Annual report on the mental hospital in the Central Provinces and Berar (Nagpur) - 1927-1951
Year: 1927
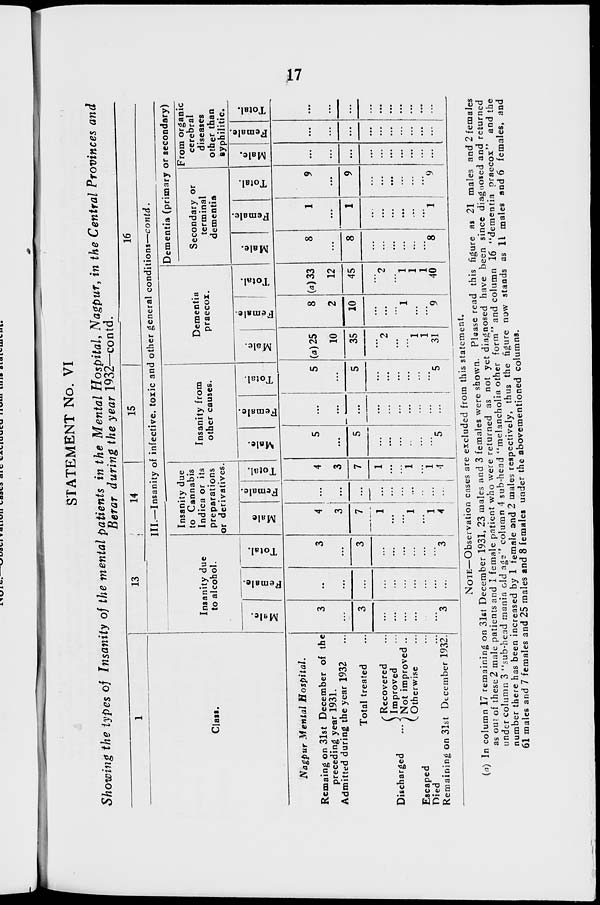
17
STATEMENT No. VI
Showing the types of Insanity of the mental patients in the Mental Hospital, Nagpur, in the Central Provinces and
Berar during the year 1932—contd.
1
Class.
Nagpur Mental
Hospital.
Remaing on 31st December of the
preceding year 1931.
Admitted during the year 1932 ...
Total treated ...
Discharged ...
Recovered ...
Improved ...
Not improved ..
Otherwise ...
Escaped ...
Died ...
Remaining on 31st December 1932.
13
14
15
16
III.—Insanity of infective, toxic and other general conditions—contd.
Insanity due
to alcohol.
Male.
3
...
3
...
...
...
...
...
...
3
Female.
...
...
...
...
...
...
...
...
...
...
Total.
3
...
3
...
...
...
...
...
...
3
Insanity due
to Cannabis
Indica or its
preparations
or derivatives.
Male
4
3
7
1
...
...
1
...
1
4
Female.
...
...
...
...
...
...
...
...
...
...
Total.
4
3
7
1
...
...
1
...
1
4
Insanity from
other causes.
Male.
5
...
5
...
...
...
...
...
...
5
Female.
...
...
...
...
...
...
...
...
...
...
Total.
5
...
5
...
...
...
...
...
...
5
Dementia
praecox.
Male.
(a) 25
10
35
...
2
...
...
1
1
31
Female.
8
2
10
...
...
...
1
...
...
9
Total.
(a) 33
12
45
...
2
...
1
1
1
40
Dementia (primary or secondary)
Secondary or
terminal
dementia
Male.
8
...
8
...
...
...
...
...
...
8
Female.
1
...
1
...
...
...
...
...
...
1
Total.
9
...
9
...
...
...
...
...
...
9
From organic
cerebral
diseases
other than
syphilitic.
Male.
...
...
...
...
...
...
...
...
...
...
Female.
...
...
...
...
...
...
...
...
...
...
Total.
...
...
...
...
...
...
...
...
...
...
NOTE.—Observation cases are excluded from this statement.
(a) In column 17 remaining on 31st December 1931, 23 males and 3 females were shown. Please read this figure as 21 males and 2 females
as out of these 2 male patients and 1 female patient who were returned as not yet diagnosed have been since diagnosed and returned
under column 3 "sub-head mania old age'' column 4 sub-head "melancholia other form" and column 16 "dementia precox" and the
number there has been increased by 1 female and 2 males respectively, thus the figure now stands as 11 males and 6 females, and
61 males and 7 females and 25 males and 8 females under the abovementioned columns.